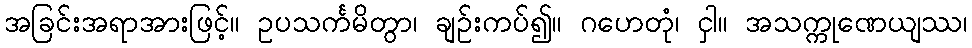
အခြင်းအရာအားဖြင့်။ ဥပသင်္ကမိတွာ၊ ချဉ်းကပ်၍။ ဂဟေတုံ၊ ငှါ။ အသက္ကုဏေယျဿ၊